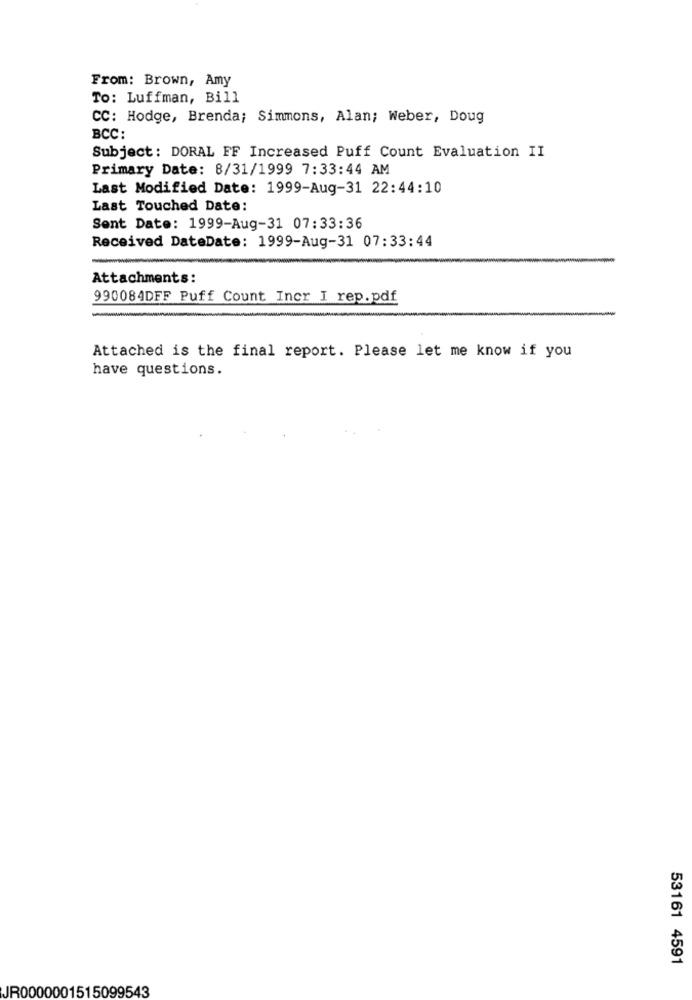
From: Brown, Amy
To: Luffman, Bill
CC: Hodge, Brenda; Simmons, Alan; Weber, Doug
BCC:
Subject: DORAL FF Increased Puff Count Evaluation II
Primary Date: 8/31/1999 7:33:44 AM
Last Modified Date: 1999-Aug-31 22:44:10
Last Touched Date:
Sent Date: 1999-Aug-31 07:33:36
Received DateDate: 1999-Aug-31 07:33:44
Attachments:
990084DFF Puff Count Incr I rep.pdf
-
Attached is the final report. Please let me know if you
have questions.
53161 4591
JR0000001515099543